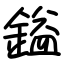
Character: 鎰